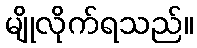
မျိုလိုက်ရသည်။